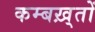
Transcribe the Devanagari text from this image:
कम्बख़्तों